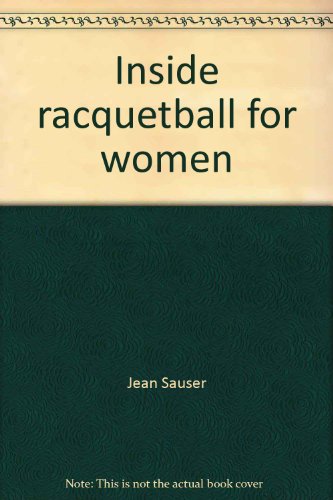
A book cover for Inside racquetball for women; Jean Sauser; Sports & Outdoors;